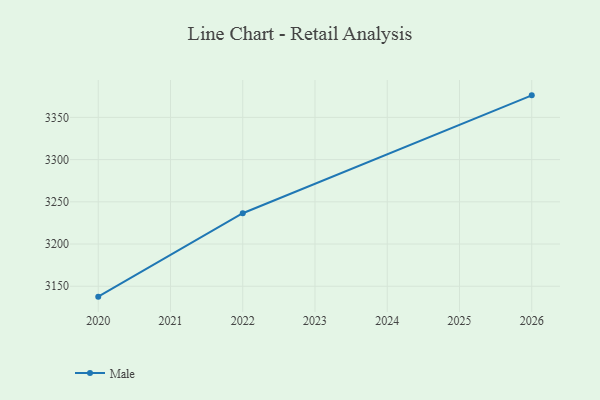
{"axis": {"x": "Year", "y": "Operating Costs (USD K)"}, "legend": ["Male"], "data": [{"x": "2020", "y": 3137.7, "type": "Male"}, {"x": "2022", "y": 3236.5, "type": "Male"}, {"x": "2026", "y": 3376.1, "type": "Male"}]}